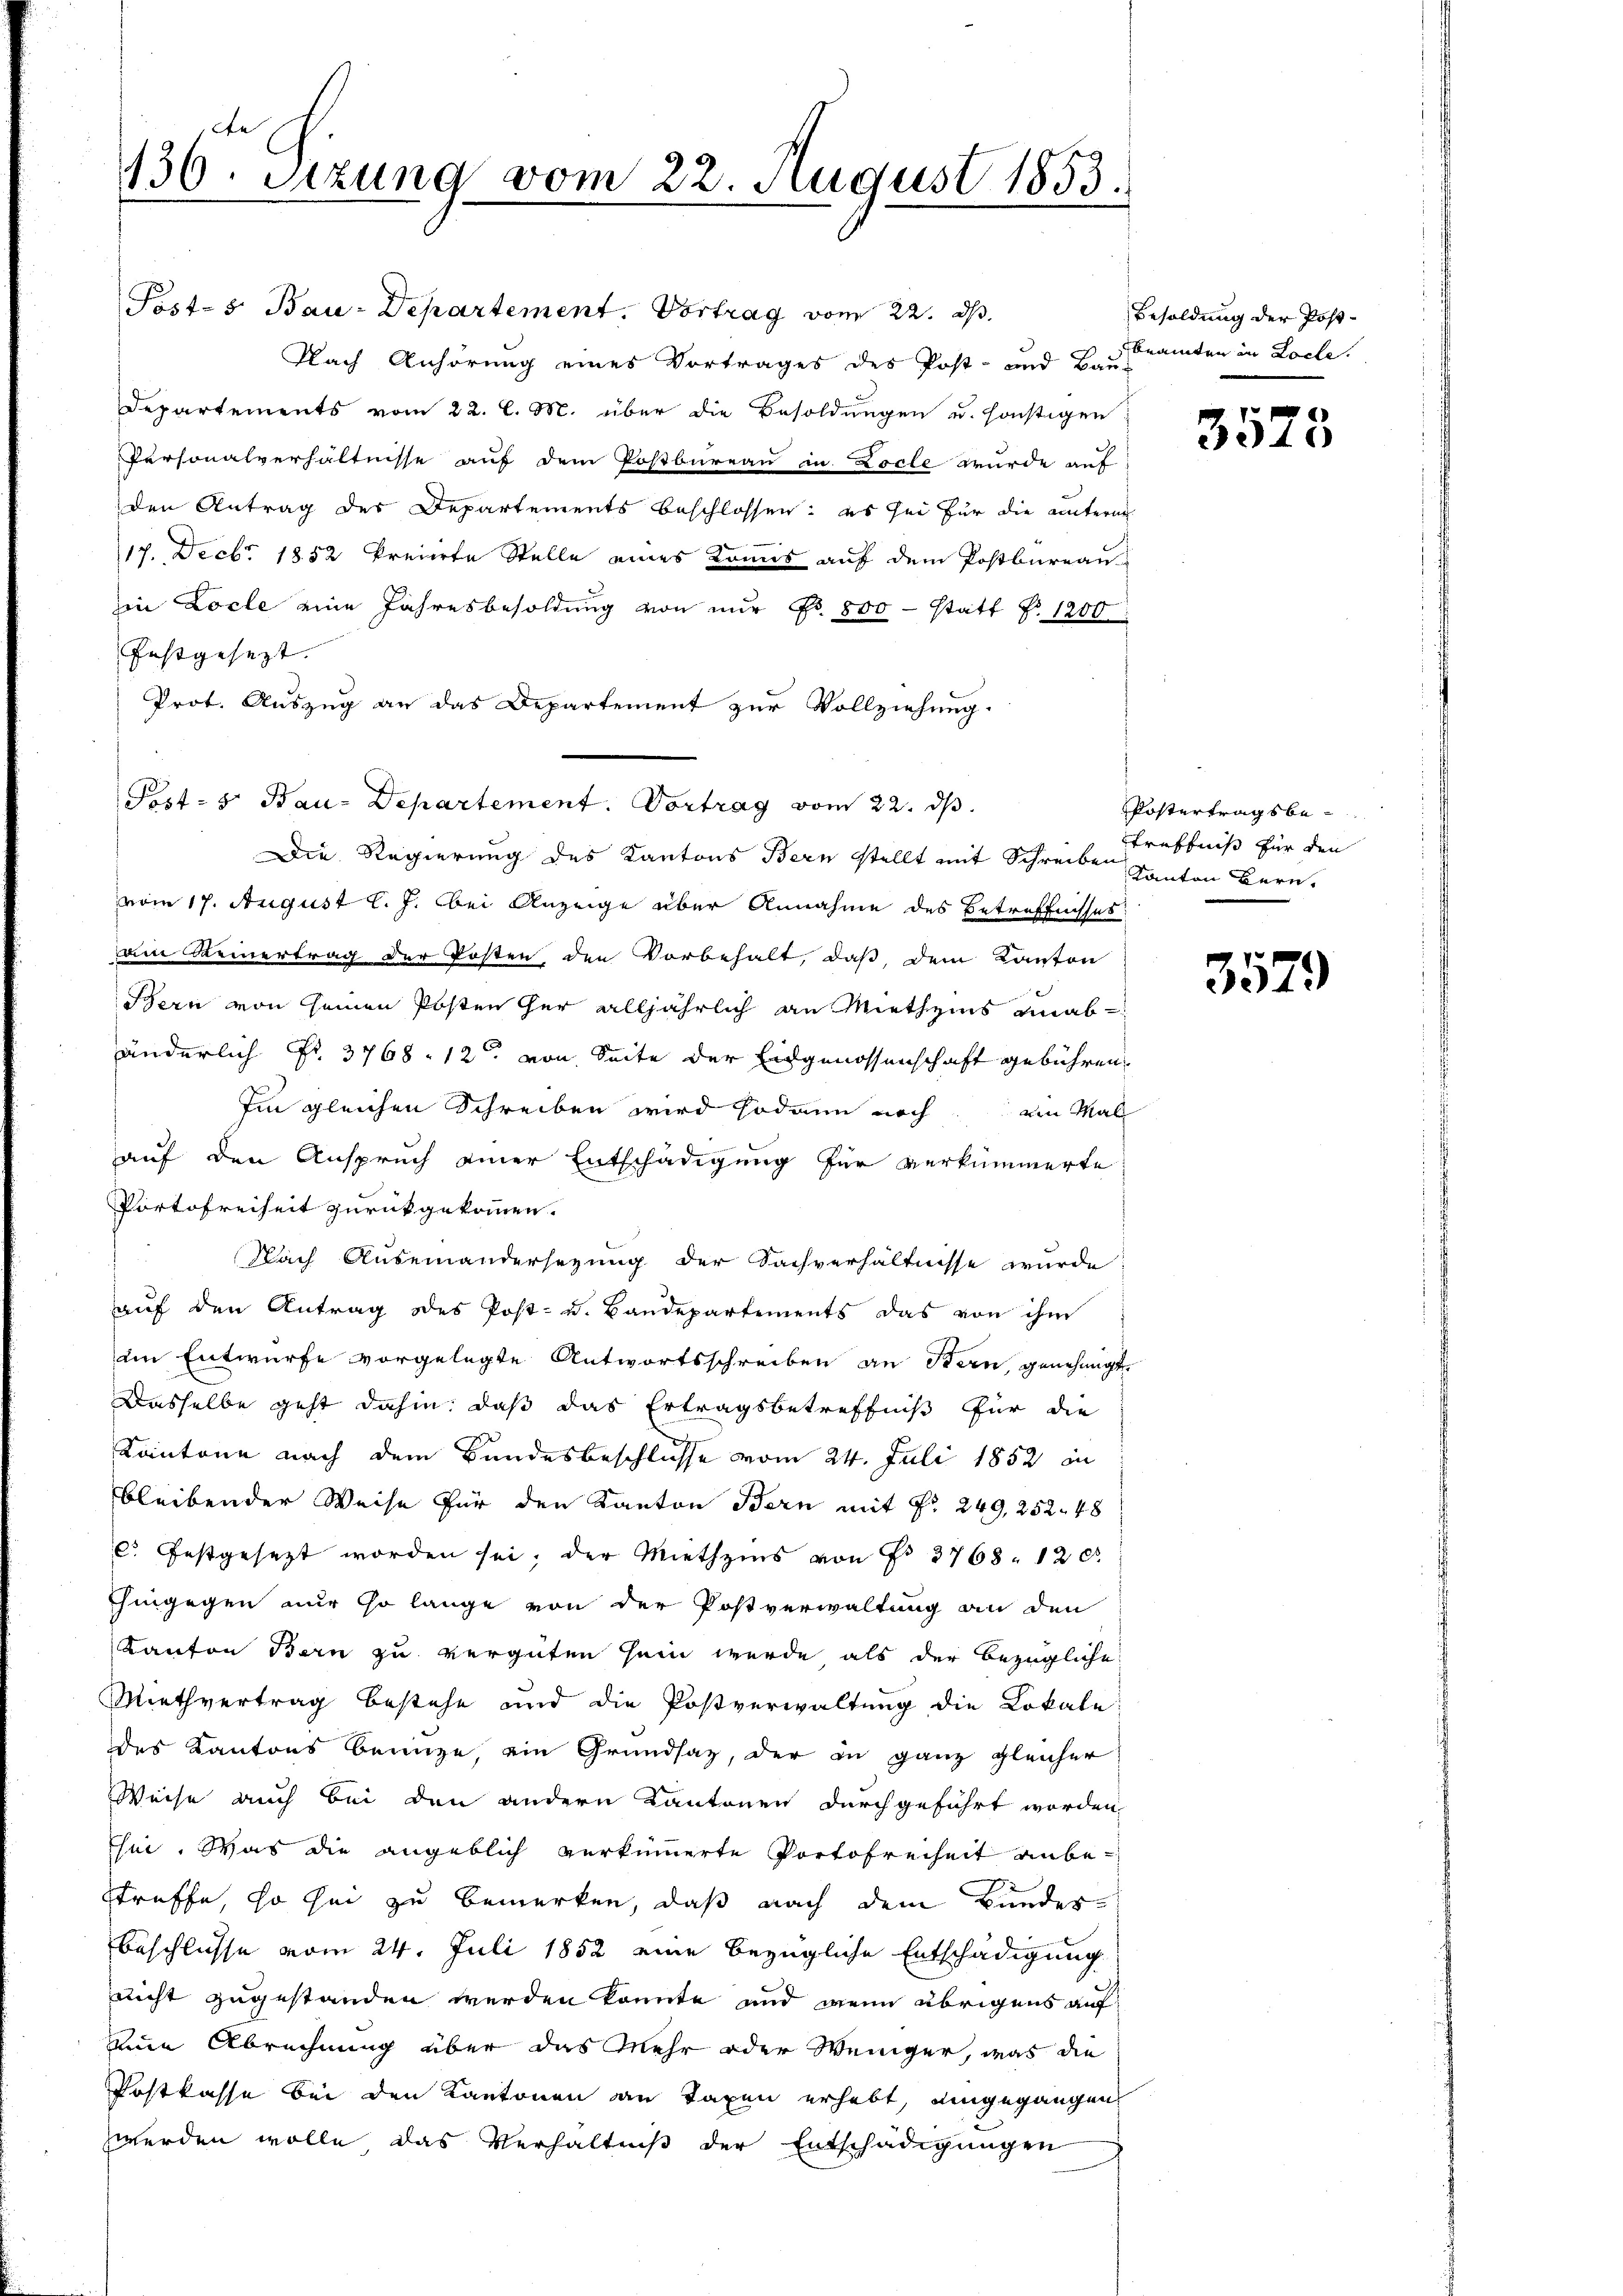
De
136. Sizung vom 22. August 1853.

Post- & Bau-Departement. Vortrag vom 22. ds.
Flach Anhörung eines Vortrages des Post- und Bau-
Departements vom 22. l. M. über die Besoldungen u. sonstigen
Personalverhältnisse auf dem Postbureau in Locle wurde auf
den Antrag der Departements beschlossen: es sei für die unterne
17. Decbr 1852 kreierte Stelle eines Komis auf dem Postbureau-
in Locle eine Jahresbesoldung von nur Nr. 800 - statt No 1200
festgesezt. |
Prot. Auszug an das Departement zur Vollziehung.
Post- s. Bau-Departement. Vortrag vom 22. ds.
Die Regierung des Kantons Bern stellt mit Schreiben Kanton Bern,
vom 17. August l. J. bei Anzeige über Annahme des Betreffnisses
am Reinertrag der Posten den Vorbehalt, daß dem Kanton
Bern von seinen Posten her alljährlich an Miethzins unabänderlich Fr. 3768 - 12 von Seite der Eidgenossenschaft gebühren.
Im gleichen Schreiben wird sodann noch ein Mal
auf den Anspruch einer Entschädigung für verkümmerte
Portofreiheit zurückgekommen.
Nach Auseinandersezung der Sachverhältnisse wurde
auf den Antrag des Post- u. Bandepartements das von ihm
am Entwurfe vorgelegte Antwortsschreiben an Stern, genehmigt.
Dasselbe geht dahin, daß das Ertragsbetreffniß für die
Kantone nach dem Bundesbeschlusse vom 24. Juli 1852 an
bleibender Weise für den Kanton Bern mit Fr. 249, 252. 48
l. festgesezt worden sei, der Miethzins von Fr. 3768. 120.
hingegen nur so lange von der Postverwaltung an den
Kanton Bern zu vergüten sein wurde als der bezügliche
Miethvertrag bestehe und die Postverwaltung die Lokale
des Kantons benuze, ein Grundsaz, der in ganz gleicher
Weise auch bei den andern Kantonen durchgeführt worden,
hei. Was die angeblich verkümmerte Portofreiheit anbestraffe, so sei zu bemerken, daß nach dem Bunder
Beschlüsse vom 24. Juli 1852 eine bezügliche Entschädigung
nicht zugestanden werden könnte und wenn übrigens auf
eine Abrechnung über das Mehr oder Weniger, was die
Postkasse bei den Kantonen an Taxen erhebt, eingegangen
werden wolle das Verhältniβ der Entschädigŭngen

Besoldung der Post-
beamten in Locle.

3575

Kostertragsbetreffniß für den

3579